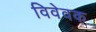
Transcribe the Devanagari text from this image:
विवेवक